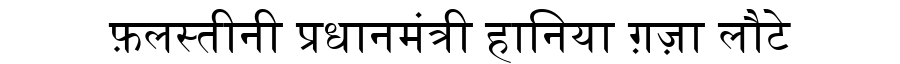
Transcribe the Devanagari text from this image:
फ़लस्तीनी प्रधानमंत्री हानिया ग़ज़ा लौटे